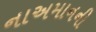
નાઅમાનની